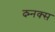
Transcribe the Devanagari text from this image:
द्म्नक्स